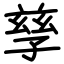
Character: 孳